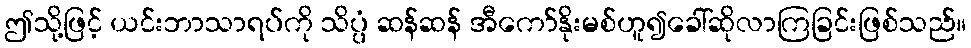
ဤသို့ဖြင့် ယင်းဘာသာရပ်ကို သိပ္ပံ ဆန်ဆန် အီကော်နိုးမစ်ဟူ၍ခေါ်ဆိုလာကြခြင်းဖြစ်သည်။